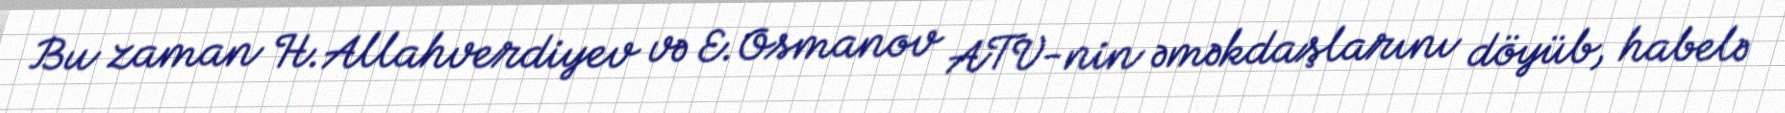
Bu zaman H.Allahverdiyev və E.Osmanov ATV-nin əməkdaşlarını döyüb, habelə